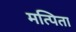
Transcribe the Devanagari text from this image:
मत्पिता